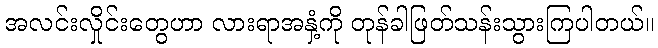
အလင်းလှိုင်းတွေဟာ လားရာအနှံ့ကို တုန်ခါဖြတ်သန်းသွားကြပါတယ်။